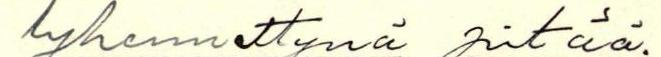
lyhennettynä pitää.